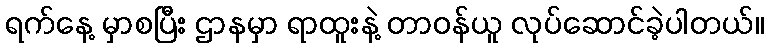
ရက်နေ့ မှာစပြီး ဌာနမှာ ရာထူးနဲ့ တာဝန်ယူ လုပ်ဆောင်ခဲ့ပါတယ်။